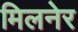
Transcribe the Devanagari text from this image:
मिलनेर